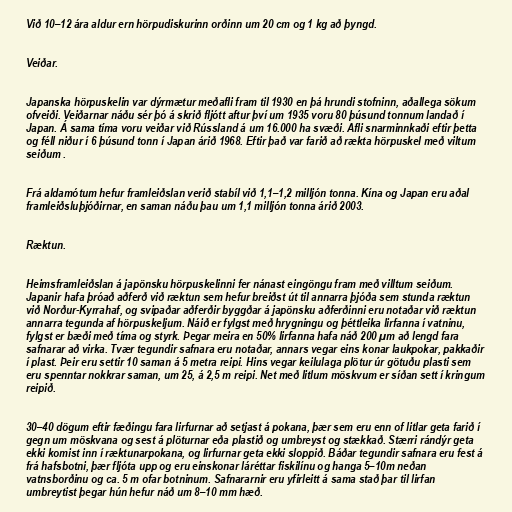
Við 10–12 ára aldur ern hörpudiskurinn orðinn um 20 cm og 1 kg að þyngd.

Veiðar.

Japanska hörpuskelin var dýrmætur meðafli fram til 1930 en þá hrundi stofninn, aðallega sökum
ofveiði. Veiðarnar náðu sér þó á skrið fljótt aftur því um 1935 voru 80 þúsund tonnum landað í
Japan. Á sama tíma voru veiðar við Rússland á um 16.000 ha svæði. Afli snarminnkaði eftir þetta
og féll niður í 6 þúsund tonn í Japan árið 1968. Eftir það var farið að rækta hörpuskel með viltum
seiðum .

Frá aldamótum hefur framleiðslan verið stabíl við 1,1–1,2 milljón tonna. Kína og Japan eru aðal
framleiðsluþjóðirnar, en saman náðu þau um 1,1 milljón tonna árið 2003.

Ræktun.

Heimsframleiðslan á japönsku hörpuskelinni fer nánast eingöngu fram með villtum seiðum.
Japanir hafa þróað aðferð við ræktun sem hefur breiðst út til annarra þjóða sem stunda ræktun
við Norður-Kyrrahaf, og svipaðar aðferðir byggðar á japönsku aðferðinni eru notaðar við ræktun
annarra tegunda af hörpuskeljum. Náið er fylgst með hrygningu og þéttleika lirfanna í vatninu,
fylgst er bæði með tíma og styrk. Þegar meira en 50% lirfanna hafa náð 200 µm að lengd fara
safnarar að virka. Tvær tegundir safnara eru notaðar, annars vegar eins konar laukpokar, pakkaðir
í plast. Þeir eru settir 10 saman á 5 metra reipi. Hins vegar keilulaga plötur úr götuðu plasti sem
eru spenntar nokkrar saman, um 25, á 2,5 m reipi. Net með litlum möskvum er síðan sett í kringum
reipið.

30–40 dögum eftir fæðingu fara lirfurnar að setjast á pokana, þær sem eru enn of litlar geta farið í
gegn um möskvana og sest á plöturnar eða plastið og umbreyst og stækkað. Stærri rándýr geta
ekki komist inn í ræktunarpokana, og lirfurnar geta ekki sloppið. Báðar tegundir safnara eru fest á
frá hafsbotni, þær fljóta upp og eru einskonar láréttar fiskilínu og hanga 5–10m neðan
vatnsborðinu og ca. 5 m ofar botninum. Safnararnir eru yfirleitt á sama stað þar til lirfan
umbreytist þegar hún hefur náð um 8–10 mm hæð.